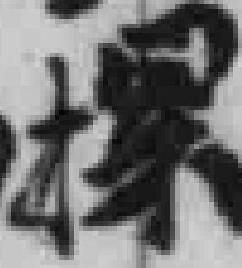
擾